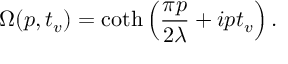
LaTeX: \Omega ( p , t _ { v } ) = \coth \left( \frac { \pi p } { 2 \lambda } + i p t _ { v } \right) .